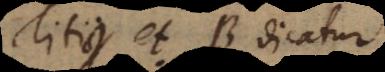
itius, et B dicatur